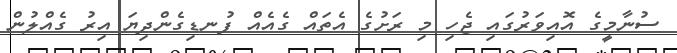
ސުނާމީގެ އޮއިވަރުގައި ޖެހި މި ރަށުގެ އެތައް ގެއެއް ފުނޑިގެންދިޔަ އިރު ގެއްލުން